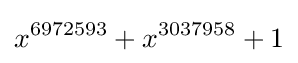
x^{6972593}+x^{3037958}+1